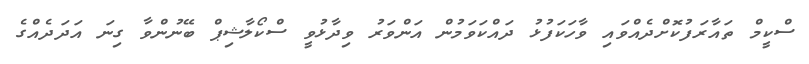
ސްކީމް ތައާރަފުކޮށްދެއްވައި ވާހަކަފުޅު ދައްކަވަމުން އަންވަރު ވިދާޅުވީ ސްކޯލާޝިޕް ބޭނުންވާ ގިނަ އަދަދެއްގެ